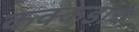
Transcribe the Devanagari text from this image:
कक्कडांचे